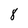
Character: 8